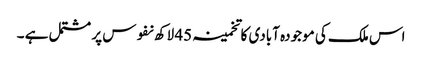
اس ملک کی موجودہ آبادی کا تخمینہ 45 لاکھ نفوس پر مشتمل ہے ۔